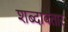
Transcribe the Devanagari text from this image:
शब्दावतार